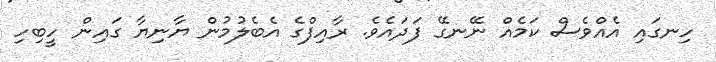
ހިނގައި އެއްވެސް ކަމެއް ނޭނގޭ ފަދައެވެ. ރާއިފްގެ އެބެލުމުން ޔާނިޔާ ގައިން ހީބިހި